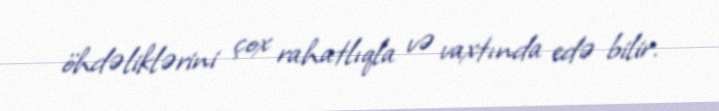
öhdəliklərini çox rahatlıqla və vaxtında edə bilir.